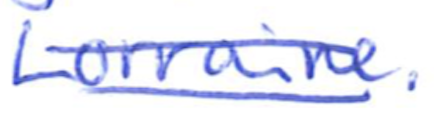
Text: Lorraine.
Cross-out: double-line
Writing tool: ballpoint